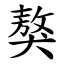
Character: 獒